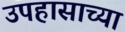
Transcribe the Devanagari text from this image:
उपहासाच्या